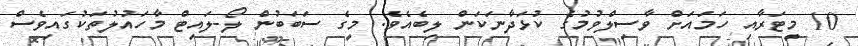
10 މީޓަރާއި ހަމައަށް ވާސިލްވުމުގެ ކުޅަދާނަކަން ލިބެއެވެ. މީގެ ސަބަބުން ލޯ-ލައިޓް މާހައުލުތަކުގައިވެސް